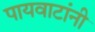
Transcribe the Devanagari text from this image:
पायवाटांनी